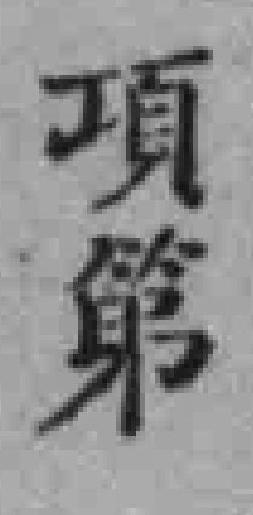
項第